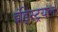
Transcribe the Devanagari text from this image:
इंड्स्ट्रियल